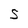
Character: S